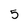
Character: 5